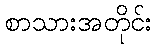
စာသားအတိုင်း